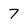
Character: 7